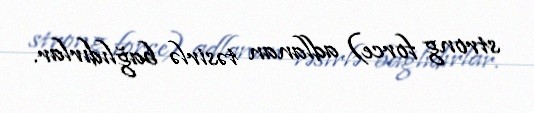
strong force) adlanan təsirlə bağlıdırlar.